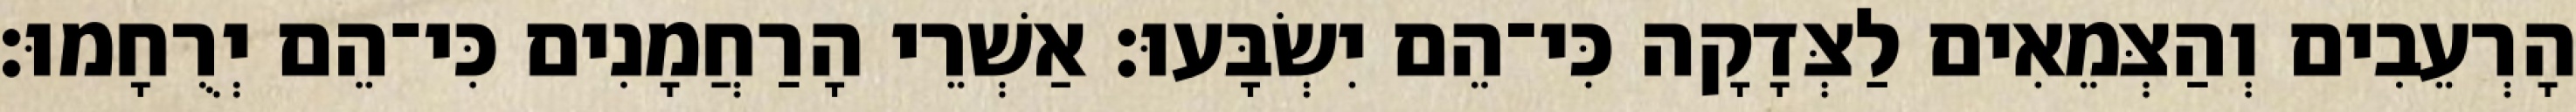
הָרְעֵבִים וְהַצְּמֵאִים לַצְּדָקָה כִּי־הֵם יִשְׂבָּעוּ׃ אַשְׁרֵי הָרַחֲמָנִים כִּי־הֵם יְרֻחָמוּ׃